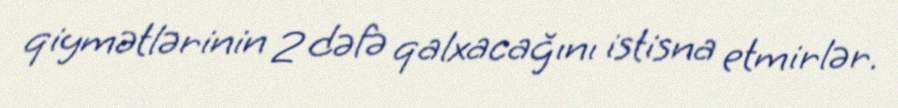
qiymətlərinin 2 dəfə qalxacağını istisna etmirlər.